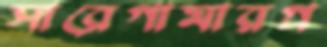
সারেগামারগ্র